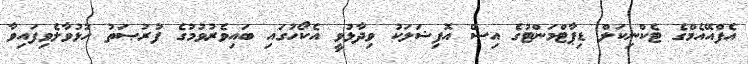
އެފްއޭއެމްގެ ޓެކްނިކަލް ޑިޕާޓްމަންޓުގެ އިސް އޮފިޝަލަކު ވިދާޅުވީ އެކޯހުގައި ބައިވެރުވުމުގެ ފުރުޞަތު ހުޅުވާލެވިފައިވާ